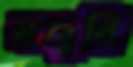
মজুরি